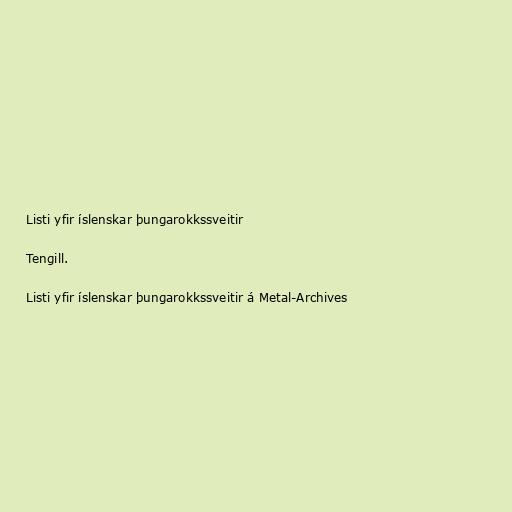
Listi yfir íslenskar þungarokkssveitir

Tengill.

Listi yfir íslenskar þungarokkssveitir á Metal-Archives